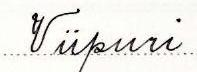
Viipuri